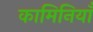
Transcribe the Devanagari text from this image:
कामिनियाँ